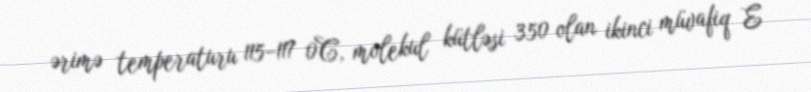
ərimə temperaturu 115–117 0C, molekul kütləsi 350 olan ikinci müvafiq E